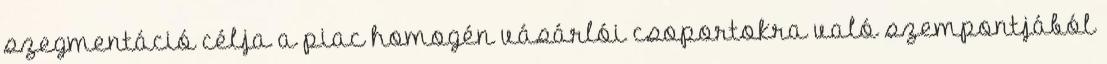
szegmentáció célja a piac homogén vásárlói csoportokra való szempontjából